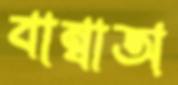
বাম্বাঅ